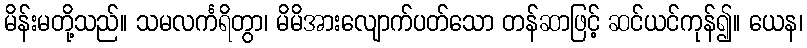
မိန်းမတို့သည်။ သမလင်္ကရိတွာ၊ မိမိအားလျောက်ပတ်သော တန်ဆာဖြင့် ဆင်ယင်ကုန်၍။ ယေန၊